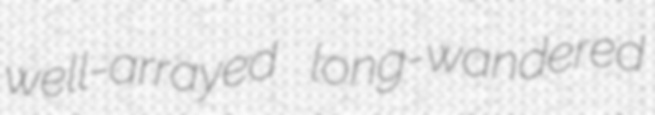
well-arrayed long-wandered